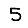
Digit: 5